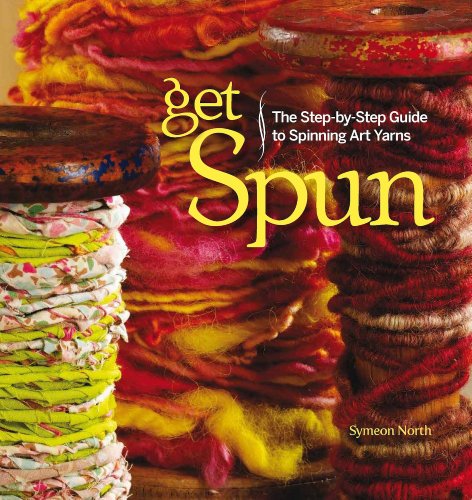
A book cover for Get Spun; Symeon North; Crafts, Hobbies & Home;